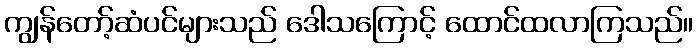
ကျွန်တော့်ဆံပင်များသည် ဒေါသကြောင့် ထောင်ထလာကြသည်။